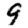
Digit: 9